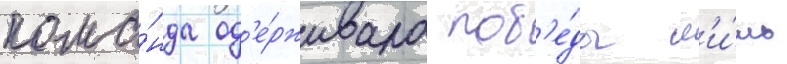
кома́нда од'е́рживала поб'е́ды л'и́шь